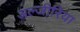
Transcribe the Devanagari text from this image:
अल्जी़रिया